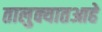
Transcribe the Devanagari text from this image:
तालुक्यातआहे